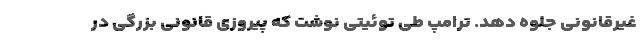
غیرقانونی جلوه دهد. ترامپ طی توئیتی نوشت که پیروزی قانونی بزرگی در